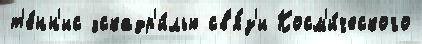
т'е́нн'ис эскадр'и́лью св'я́з'и Косм'и́ческого